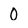
Character: 0